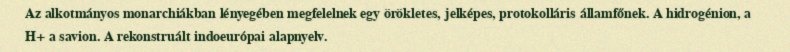
Az alkotmányos monarchiákban lényegében megfelelnek egy örökletes, jelképes, protokolláris államfőnek. A hidrogénion, a H+ a savion. A rekonstruált indoeurópai alapnyelv.